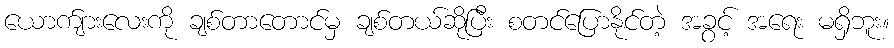
ယောက်ျားလေးကို ချစ်တာတောင်မှ ချစ်တယ်ဆိုပြီး စတင်ပြောနိုင်တဲ့ အခွင့် အရေး မရှိဘူး။